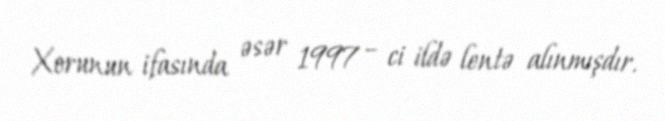
Xorunun ifasında əsər 1997 – ci ildə lentə alınmışdır.